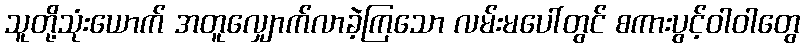
သူတို့သုံးယောက် အတူလျှောက်လာခဲ့ကြသော လမ်းမပေါ်တွင် စကားပွင့်ဝါဝါတွေ